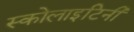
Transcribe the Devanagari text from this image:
स्कोलाइटिनी